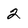
Character: 2